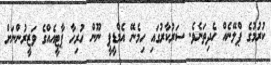
ކުރުމުގެ ޕްލޭނެއް ހެދިތަނެވެ. ސަރުކާރުގައި ހިމެނޭ އެމްޑީޕީ ނޫން ހުރިހާ ޕާޓީއެއްގެ ވަޒީރުންނަށް